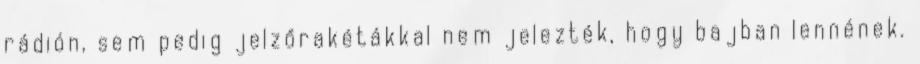
rádión, sem pedig jelzőrakétákkal nem jelezték, hogy bajban lennének.